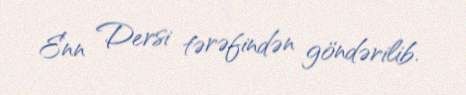
Enn Dersi tərəfindən göndərilib.